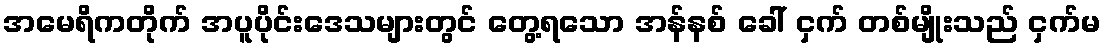
အမေရိကတိုက် အပူပိုင်းဒေသများတွင် တွေ့ရသော အန်နစ် ခေါ် ငှက် တစ်မျိုးသည် ငှက်မ